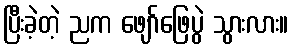
ပြီးခဲ့တဲ့ ညက ဖျော်ဖြေပွဲ သွားလား။